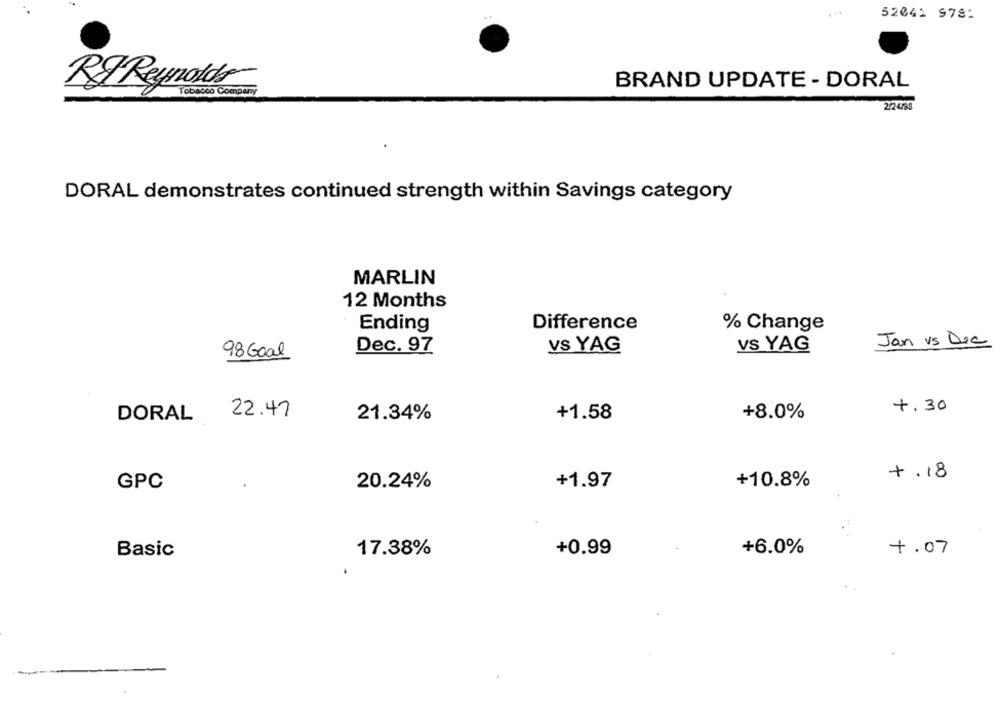
52041 978:
BRAND UPDATE - DORAL
Rg Reynolds
Tobacco Company
2/24/98
DORAL demonstrates continued strength within Savings category
MARLIN
12 Months
Ending
Difference
% Change
Jan vs Dia
Dec. 97
Vs YAG
vs YAG
98 Goal
+.30
22.47
DORAL
21.34%
+1.58
+8.0%
+.18
+1.97
+10.8%
GPC
20.24%
Basic
17.38%
+0.99
+6.0%
+.07